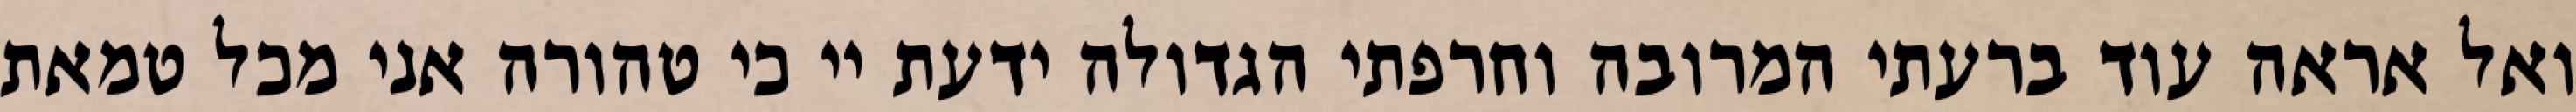
ואל אראה עוד ברעתי המרובה וחרפתי הגדולה ידעת יי כי טהורה אני מכל טמאת